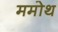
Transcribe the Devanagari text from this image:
ममोथ